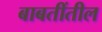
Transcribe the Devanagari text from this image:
बाबतींतील